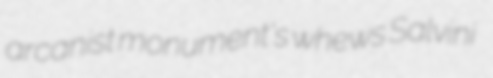
arcanist monument's whews Salvini